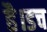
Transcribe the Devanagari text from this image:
है।डच